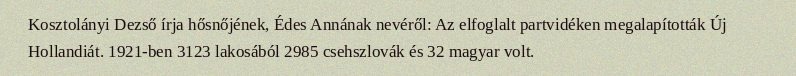
Kosztolányi Dezső írja hősnőjének, Édes Annának nevéről: Az elfoglalt partvidéken megalapították Új Hollandiát. 1921-ben 3123 lakosából 2985 csehszlovák és 32 magyar volt.